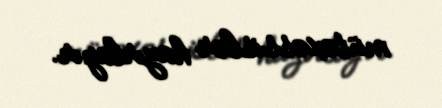
mütəxəssislər hazırlayır.